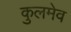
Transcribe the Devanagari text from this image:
कुलमेव